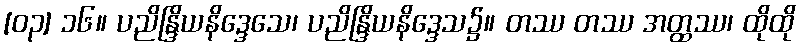
[၀၃] ၁၆။ ပညိန္ဒြိယနိဒ္ဒေသေ၊ ပညိန္ဒြိယနိဒ္ဒေသ၌။ တဿ တဿ အတ္ထဿ၊ ထိုထို